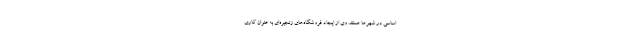
اساسی در شهرها هستند. وی از ایجاد فروشگاه­های زنجیره­ای به عنوان کاری